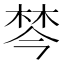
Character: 棽